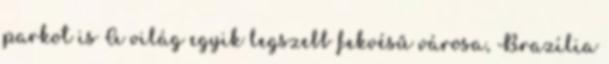
parkot is A világ egyik legszebb fekvésű városa, Brazília